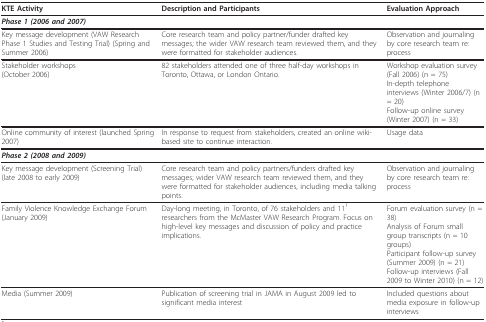
| KTE Activity | Description and Participants | Evaluation Approach |
 | --- | --- | --- |
 | <COLSPAN=3> Phase 1 (2006 and 2007) |
 | Key message development (VAW Research Phase 1 Studies and Testing Trial) (Spring and Summer 2006) | Core research team and policy partner/funder drafted key messages; the wider VAW research team reviewed them, and they were formatted for stakeholder audiences. | Observation and journaling by core research team re: process |
 | Stakeholder workshops(October 2006) | 82 stakeholders attended one of three half-day workshops in Toronto, Ottawa, or London Ontario. | Workshop evaluation survey (Fall 2006) (n = 75)In-depth telephone interviews (Winter 2006/7) (n = 20)Follow-up online survey (Winter 2007) (n = 33) |
 | Online community of interest (launched Spring 2007) | In response to request from stakeholders, created an online wiki-based site to continue interaction. | Usage data |
 | <COLSPAN=3> Phase 2 (2008 and 2009) |
 | Key message development (Screening Trial)(late 2008 to early 2009) | Core research team and policy partners/funders drafted key messages; wider VAW research team reviewed them, and they were formatted for stakeholder audiences, including media talking points. | Observation and journaling by core research team re: process |
 | Family Violence Knowledge Exchange Forum (January 2009) | Day-long meeting, in Toronto, of 76 stakeholders and 111 researchers from the McMaster VAW Research Program. Focus on high-level key messages and discussion of policy and practice implications. | Forum evaluation survey (n = 38)Analysis of Forum small group transcripts (n = 10 groups)Participant follow-up survey (Summer 2009) (n = 21)Follow-up interviews (Fall 2009 to Winter 2010) (n = 12) |
 | Media (Summer 2009) | Publication of screening trial in JAMA in August 2009 led to significant media interest | Included questions about media exposure in follow-up interviews |